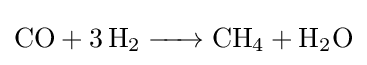
{\ce {CO + 3H2 -> CH4 + H2O}}